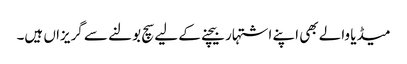
میڈیا والے بھی اپنے اشتہار بیچنے کے لیے سچ بولنے سے گریزاں ہیں۔